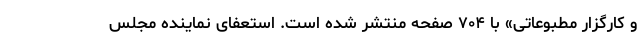
و کارگزار مطبوعاتی» با ۷۰۴ صفحه منتشر شده است. استعفای نماینده مجلس